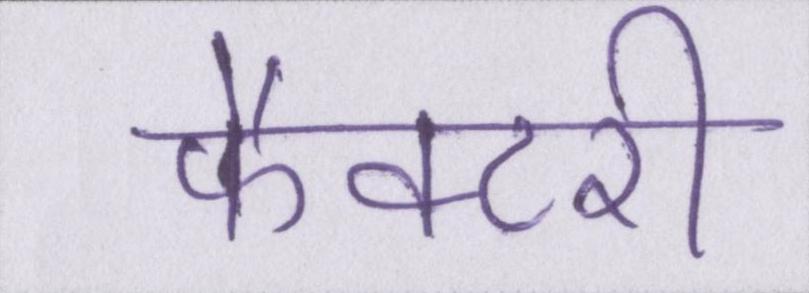
फैक्टरी